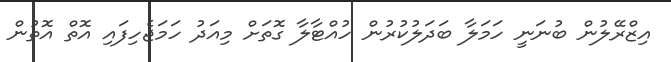
އިޒްރޭލުން ބުނަނީ ހަމަލާ ބަަދަލުކުރުން ހުއްޓާލާ ގޮތަށް މިއަދު ހަމަޖެހިފައި އޮތް އޮތުން